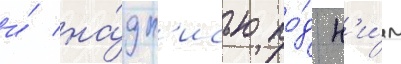
и́ на́дп'исью по́д н'и́м